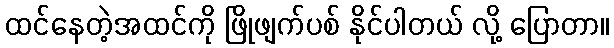
ထင်နေတဲ့အထင်ကို ဖြိုဖျက်ပစ် နိုင်ပါတယ် လို့ ပြောတာ။